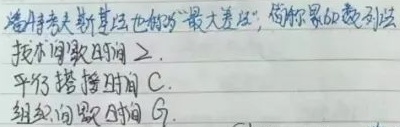
若静态数据其地址的“最大差”，简称“累加器技技术间隔时间 2.平行扫描时间 C.组织间隔时间 G.